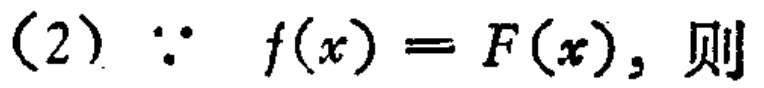
(2) $\because f(x)=F(x)$，则